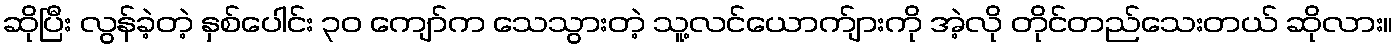
ဆိုပြီး လွန်ခဲ့တဲ့ နှစ်ပေါင်း ၃၀ ကျော်က သေသွားတဲ့ သူ့လင်ယောက်ျားကို အဲ့လို တိုင်တည်သေးတယ် ဆိုလား။